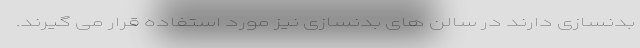
بدنسازی دارند در سالن های بدنسازی نیز مورد استفاده قرار می گیرند.